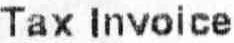
TAX INVOICE